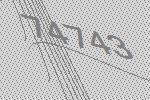
74743